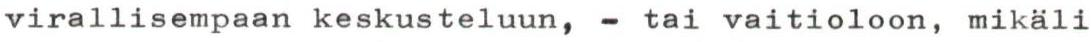
virallisempaan keskusteluun, - tai vaitioloon, mikäli